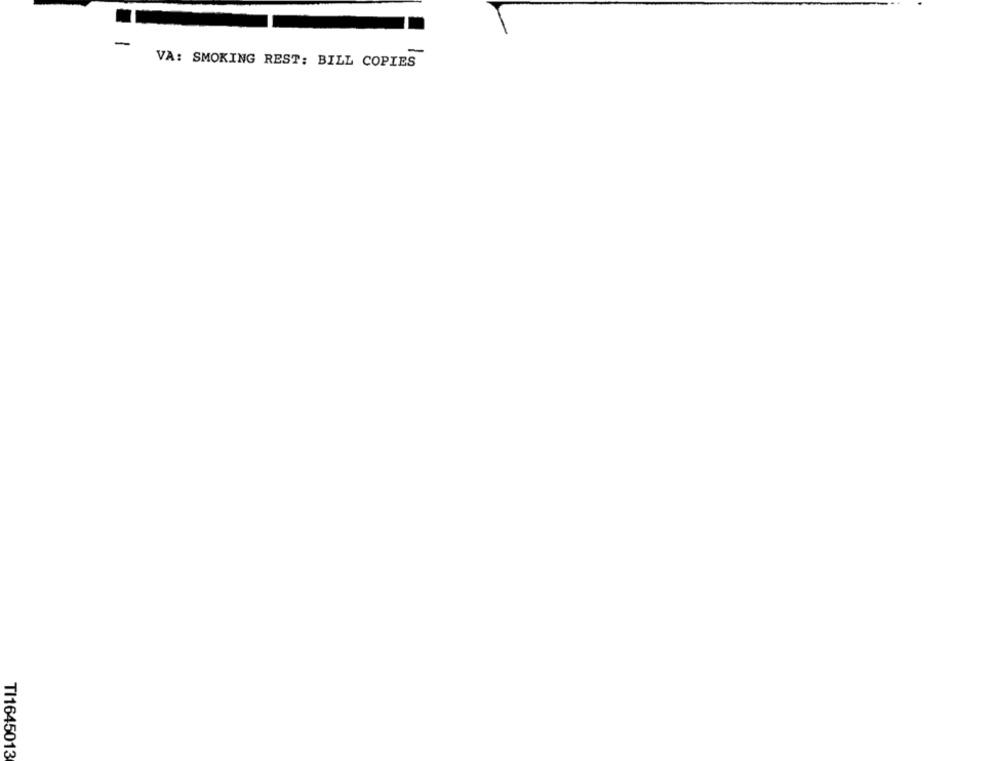
-
-
VA: SMOKING REST: BILL COPIES
TI1645013